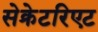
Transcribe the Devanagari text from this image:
सेक्रेटरिएट